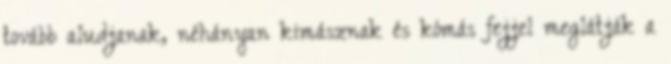
tovább aludjanak, néhányan kimásznak és kómás fejjel meglátják a